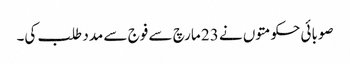
صوبائی حکومتوں نے 23 مارچ سے فوج سے مدد طلب کی۔